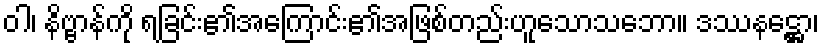
ဝါ၊ နိဗ္ဗာန်ကို ရခြင်း၏အကြောင်း၏အဖြစ်တည်းဟူသောသဘော။ ဒဿနဋ္ဌော၊